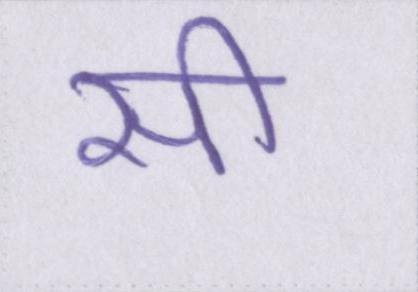
सी